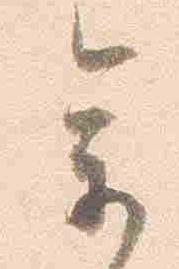
参